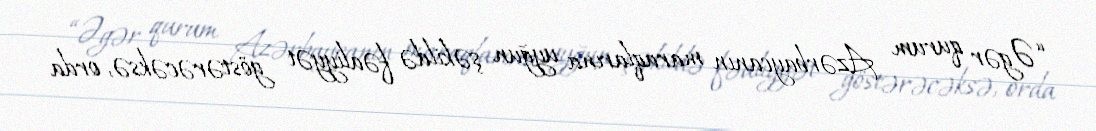
“Əgər qurum Azərbaycanın maraqlarına uyğun şəkildə fəaliyyət göstərəcəksə, orda